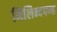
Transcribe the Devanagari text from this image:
मिलिन्दपण्ह